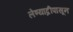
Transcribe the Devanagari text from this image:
लेण्याद्रीपासून